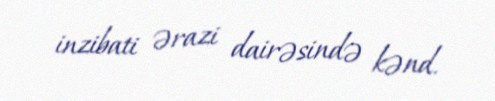
inzibati ərazi dairəsində kənd.